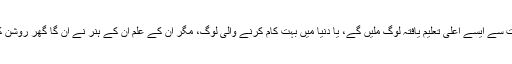
بہت سے ایسے اعلیٰ تعلیم یافتہ لوگ ملیں گے، یا دنیا میں بہت کام کرنے والی لوگ، مگر ان کے علم ان کے ہنر نے ان گا گھر روشن کیا۔